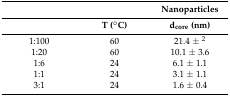
<table><thead><tr><td colspan="2">[EMPTY_CELL]</td><td><b>Nanoparticles</b></td></tr><tr><td>[EMPTY_CELL]</td><td><b>T (°C)</b></td><td><b>d<sub>core</sub> (nm)</b></td></tr></thead><tbody><tr><td>1:100</td><td>60</td><td>21.4 ± <sup>2</sup></td></tr><tr><td>1:20</td><td>60</td><td>10.1 ± 3.6</td></tr><tr><td>1:6</td><td>24</td><td>6.1 ± 1.1</td></tr><tr><td>1:1</td><td>24</td><td>3.1 ± 1.1</td></tr><tr><td>3:1</td><td>24</td><td>1.6 ± 0.4</td></tr></tbody></table>